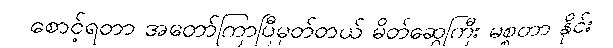
စောင့်ရတာ အတော်ကြာပြီမှတ်တယ် မိတ်ဆွေကြီး မစ္စတာ နိုင်း